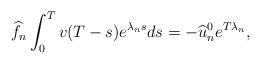
LaTeX: \begin{align*} \widehat{f}_n\int_{0}^{T}v(T-s)e^{\lambda_ns}ds=-\widehat{u}_{n}^{0}e^{T\lambda_n},\end{align*}